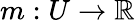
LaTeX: m:U\to\mathbb{R}